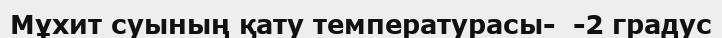
Мұхит суының қату температурасы-  -2 градус